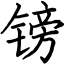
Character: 镑